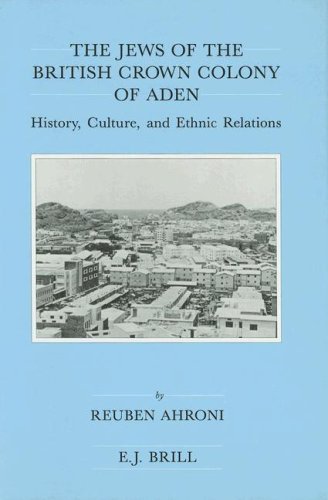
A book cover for The Jews of the British Crown Colony of Aden: History, Culture, and Ethnic Relations (Brill's Series in Jewish Studies, Vol 12); Reuben Ahroni; History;